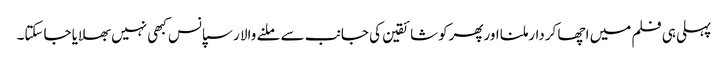
پہلی ہی فلم میں اچھا کردارملنا اورپھرکوشائقین کی جانب سے ملنے والا رسپانس کبھی نہیں بھلایا جاسکتا۔